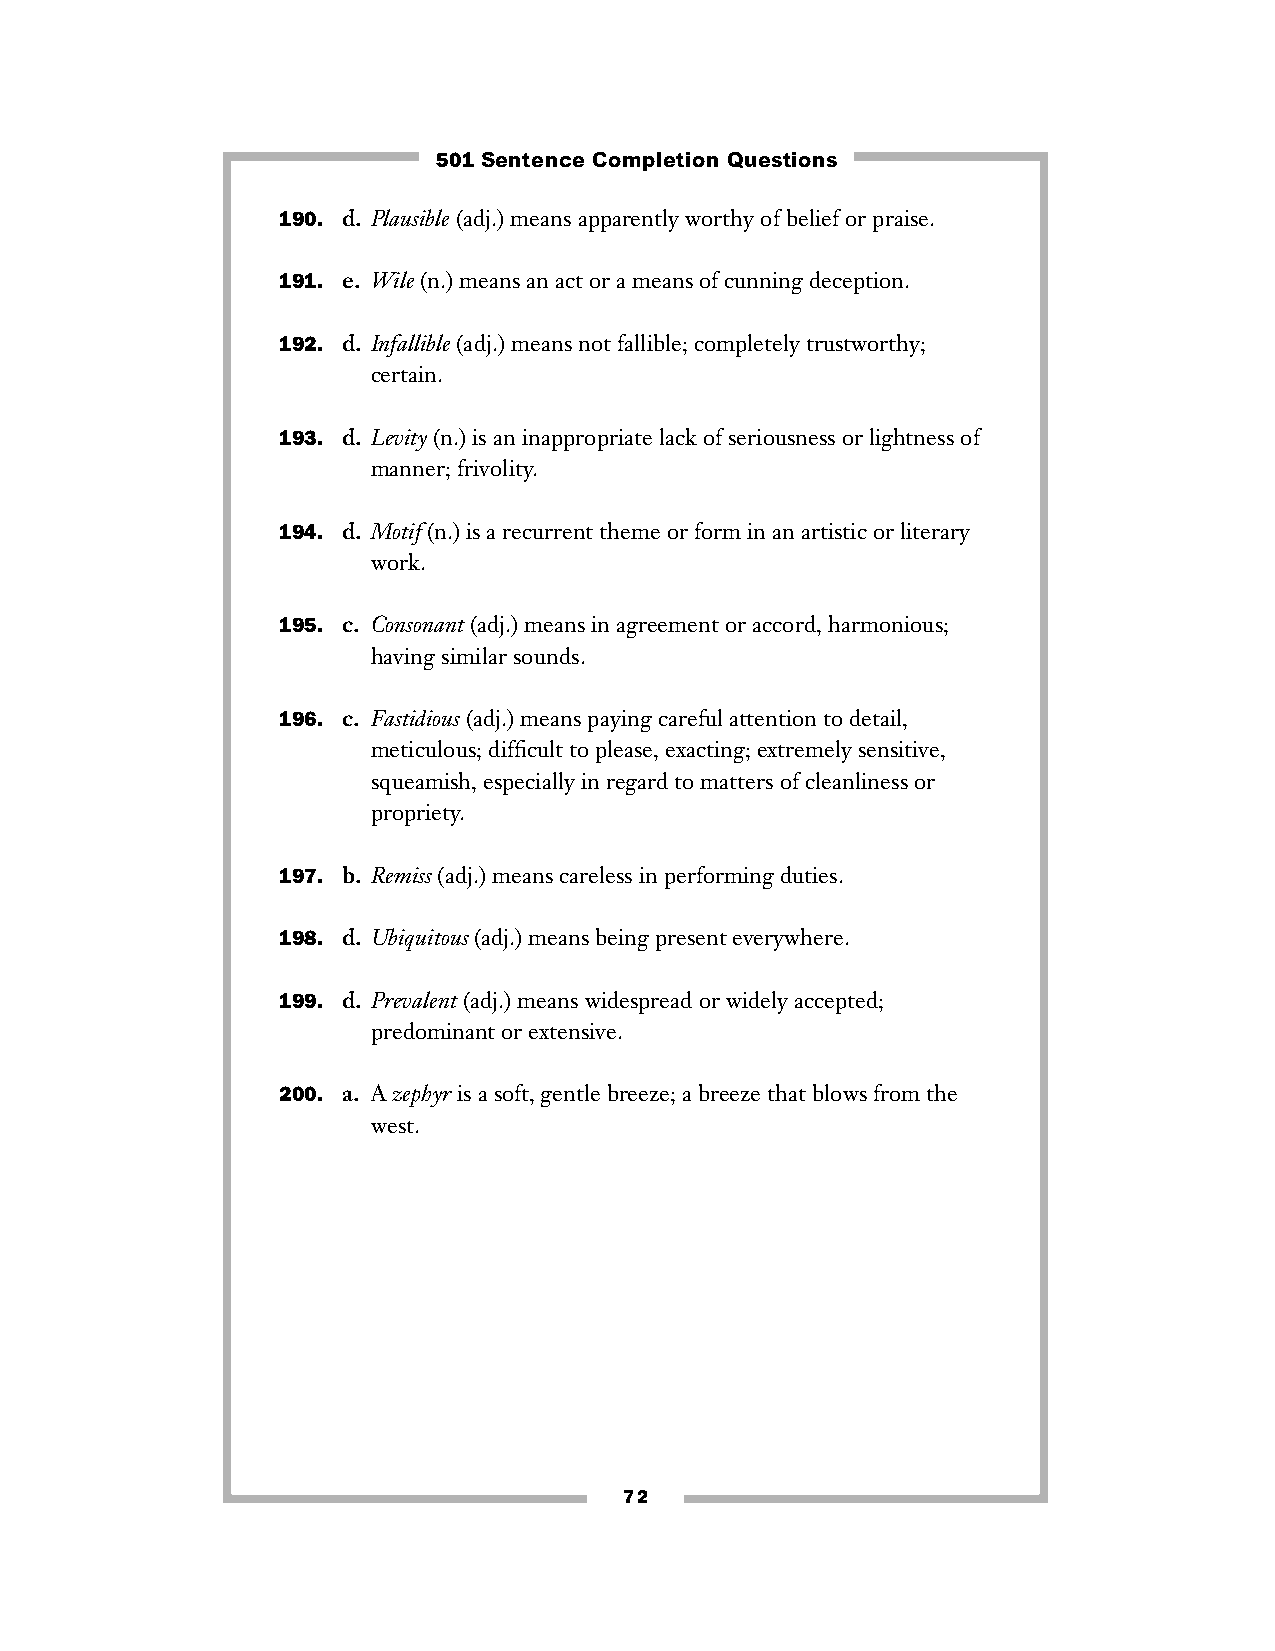
501 Sentence Completion Questions
 190. d. Plausible(adj.) means apparently worthy of belief or praise.
 191. e. Wile(n.) means an act or a means of cunning deception.
 192. d. Infallible(adj.) means not fallible; completely trustworthy;
 certain.
 193. d. Levity(n.) is an inappropriate lack of seriousness or lightness of
 manner; frivolity.
 194. d. Motif(n.) is a recurrent theme or form in an artistic or literary
 work.
 195. c. Consonant(adj.) means in agreement or accord, harmonious;
 having similar sounds.
 196. c. Fastidious(adj.) means paying careful attention to detail,
 meticulous; difficult to please, exacting; extremely sensitive,
 squeamish, especially in regard to matters of cleanliness or
 propriety.
 197. b. Remiss(adj.) means careless in performing duties.
 198. d. Ubiquitous(adj.) means being present everywhere.
 199. d. Prevalent(adj.) means widespread or widely accepted;
 predominant or extensive.
 200. a. A zephyris a soft, gentle breeze; a breeze that blows from the
 west.
 72